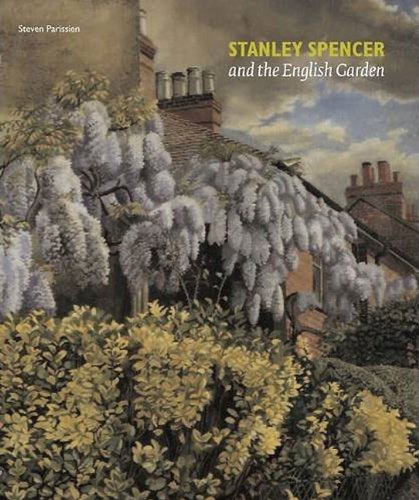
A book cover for STANLEY SPENCER AND THE ENGLISH GARDEN; Steven Parissien; Crafts, Hobbies & Home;